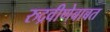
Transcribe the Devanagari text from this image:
रुद्रवीणेबाबत